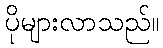
ပိုများလာသည်။